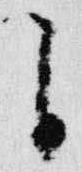
自